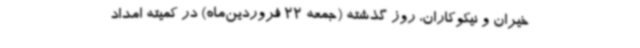
خیران و نیکوکاران، روز گذشته (جمعه 22 فروردین‌ماه) در کمیته امداد